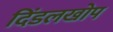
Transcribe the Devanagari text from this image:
दिंडलखोप